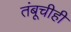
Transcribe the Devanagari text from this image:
तंबूचीही